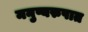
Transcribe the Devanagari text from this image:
मनुष्यरुपात